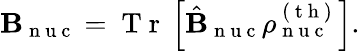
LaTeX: \mathbf{B}_{\mathrm{~n~u~c~}}=\mathrm{~T~r~}\left[\hat{\mathbf{B}}_{\mathrm{~n~u~c~}}\rho_{\mathrm{~n~u~c~}}^{\mathrm{~(~t~h~)~}}\right].